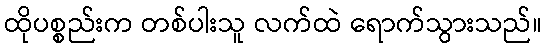
ထိုပစ္စည်းက တစ်ပါးသူ လက်ထဲ ရောက်သွားသည်။